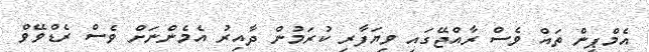
އެމްޕީން ތައް ވެސް ރާއްޖޭގައި ވިޔަފާރި ކުރަމުން ދާއިރު އެމެންނަށް ވެސް ރެޑްވޭވް